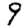
Digit: 9